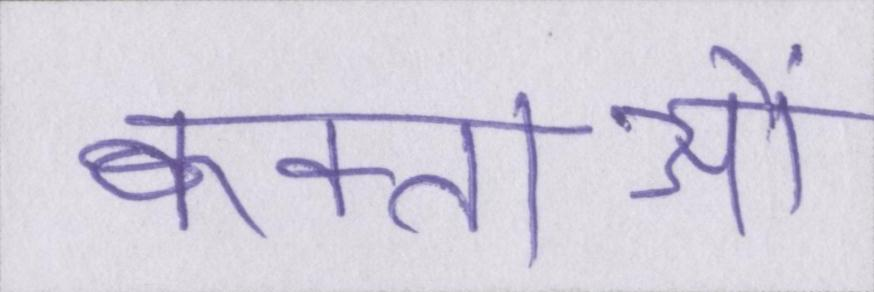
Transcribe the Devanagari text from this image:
वक्ताओं